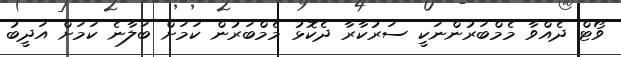
ވޯޓް ދެއްވާ މެމްބަރުންނަކީ ސަރުކާރާ ދެކޮޅު މެމްބަރުން ކަމަށް ބަލާނެ ކަމަށް އަދީބު